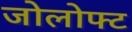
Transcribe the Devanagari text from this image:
जोलोफ्ट